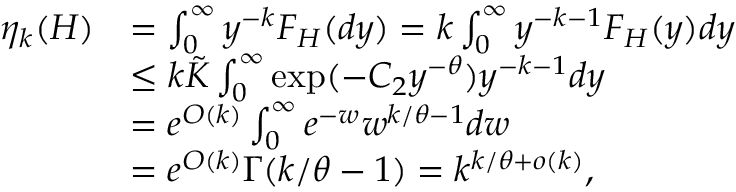
\begin{array} { r l } { \eta _ { k } ( H ) } & { = \int _ { 0 } ^ { \infty } y ^ { - k } F _ { H } ( d y ) = k \int _ { 0 } ^ { \infty } y ^ { - k - 1 } F _ { H } ( y ) d y } \\ & { \leq k \tilde { K } \int _ { 0 } ^ { \infty } \exp ( { - C _ { 2 } } y ^ { - \theta } ) y ^ { - k - 1 } d y } \\ & { = e ^ { O ( k ) } \int _ { 0 } ^ { \infty } e ^ { - w } w ^ { k / \theta - 1 } d w } \\ & { = e ^ { O ( k ) } \Gamma ( k / \theta - 1 ) = k ^ { k / \theta + o ( k ) } , } \end{array}